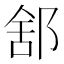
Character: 𨛭